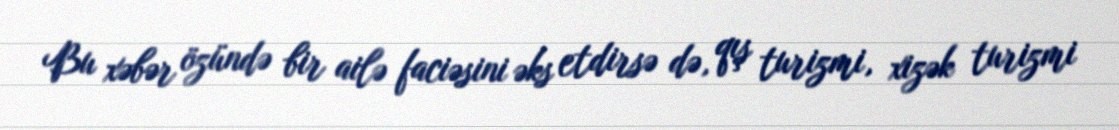
Bu xəbər özündə bir ailə faciəsini əks etdirsə də, qış turizmi, xizək turizmi